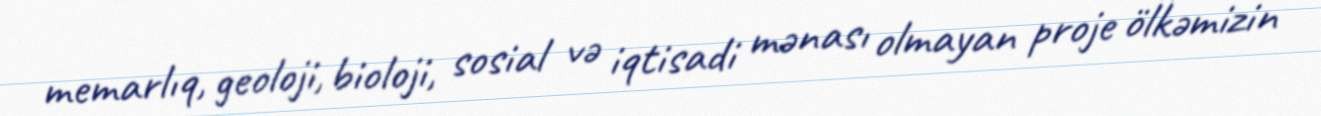
memarlıq, geoloji, bioloji, sosial və iqtisadi mənası olmayan proje ölkəmizin